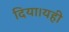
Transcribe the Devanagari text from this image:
दिया।यही